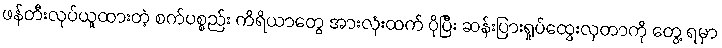
ဖန်တီးလုပ်ယူထားတဲ့ စက်ပစ္စည်း ကိရိယာတွေ အားလုံးထက် ပိုပြီး ဆန်းပြားရှုပ်ထွေးလှတာကို တွေ့ ရမှာ